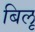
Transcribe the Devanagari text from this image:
बिलू